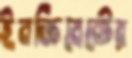
ইনক্রিমেন্টের